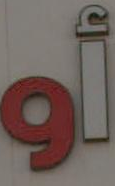
أو